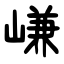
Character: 嵰